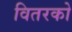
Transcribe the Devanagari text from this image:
वितरको